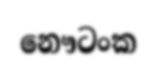
නෞටංක